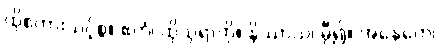
ထိုစကားသင့်စွ။ ဧတံ၊ ထိုသုရာကို။ နိဿာယ၊ မှီ၍။ အနေကေ၊